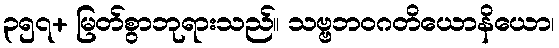
၃၅၇+ မြတ်စွာဘုရားသည်။ သဗ္ဗဘဝဂတိယောနိယော၊